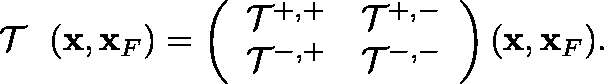
\begin{array} { r } { { { { \mathrm { ~ \boldmath ~ { ~ \cal ~ T ~ } ~ } } } } ( { \bf x } , { \bf x } _ { F } ) = \left( \begin{array} { l l } { { \cal T } ^ { + , + } } & { { \cal T } ^ { + , - } } \\ { { \cal T } ^ { - , + } } & { { \cal T } ^ { - , - } } \end{array} \right) ( { \bf x } , { \bf x } _ { F } ) . } \end{array}